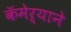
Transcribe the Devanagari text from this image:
कॅमेऱ्याने